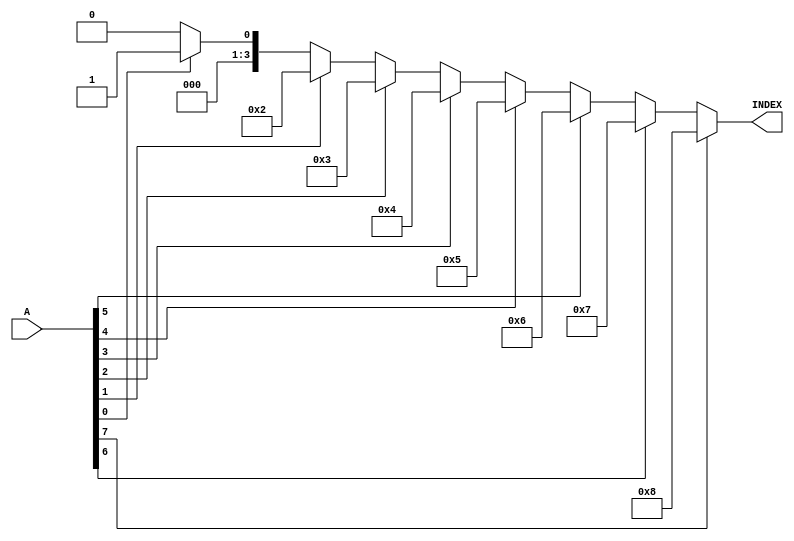

//--------------------------------------------------------------------------------------------------
//
// Title       : DW01_prienc
// Design      : DW01_prienc
 
// Company     : 
//-------------------------------------------------------------------------------------------------
//
// Description : DW01_prienc encodes the input port A to a binary value on output port INDEX. The
// encoded value of A is determined by the bit position of the most significant '1' bit. All bits
// on A lower than the most significant '1' bit are "don't care".
//
//-------------------------------------------------------------------------------------------------

module DW01_prienc ( A, INDEX )/* synthesis syn_builtin_du = "weak" */;
	parameter	A_width = 8;
	parameter	INDEX_width	= 4;

	//Input/output declaration
	input	[A_width : 1]		    A;
	output	[INDEX_width - 1 : 0]	INDEX;
	
	//Internal decleration
	integer i;
	reg	[INDEX_width - 1 : 0] position;
	
	always@(A)
	begin			   
		position = 0;
		// synthesis loop_limit 2000  
		for(i = 1;i <= A_width; i = i + 1)
		begin
			if( A[i] )
			begin
				position = i;
			end
		end	
	end	 
	
assign INDEX = position ;	

endmodule